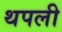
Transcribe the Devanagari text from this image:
थपली